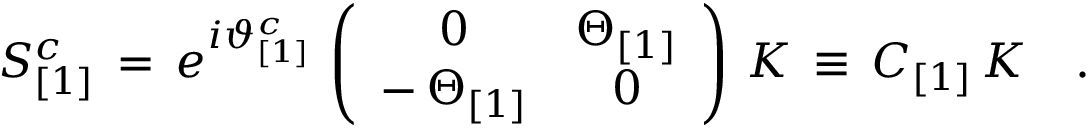
S _ { [ 1 ] } ^ { c } \, = \, e ^ { i \vartheta _ { [ 1 ] } ^ { c } } \, \left( \begin{array} { c c } { { 0 } } & { { \Theta _ { [ 1 ] } } } \\ { { - \, \Theta _ { [ 1 ] } } } & { { 0 } } \end{array} \right) \, { \cal K } \, \equiv \, { \cal C } _ { [ 1 ] } \, { \cal K } \quad .